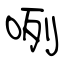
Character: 咧